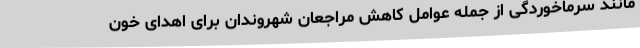
مانند سرماخوردگی از جمله عوامل کاهش مراجعان شهروندان برای اهدای خون